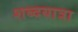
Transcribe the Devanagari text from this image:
शब्दयात्रा